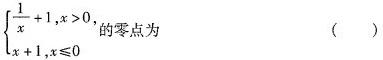
$$\left\{ \begin{matrix} \frac{1}{x}+1,x>0 \\ x+1,x \leq 0 \end{matrix} \right. $$的零点为 ( )